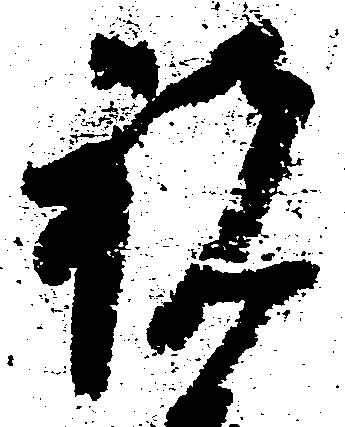
祝